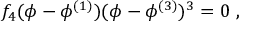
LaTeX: f _ { 4 } ( \phi - \phi ^ { ( 1 ) } ) ( \phi - \phi ^ { ( 3 ) } ) ^ { 3 } = 0 \ ,